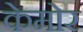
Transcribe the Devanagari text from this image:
केमोर